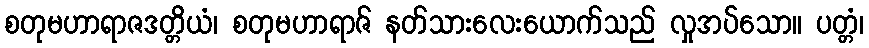
စတုမဟာရာဇဒတ္တိယံ၊ စတုမဟာရာဇ် နတ်သားလေးယောက်သည် လှုအပ်သော။ ပတ္တံ၊